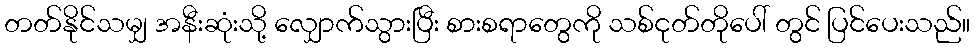
တတ်နိုင်သမျှ အနီးဆုံးသို့ လျှောက်သွားပြီး စားစရာတွေကို သစ်ငုတ်တိုပေါ် တွင် ပြင်ပေးသည်။